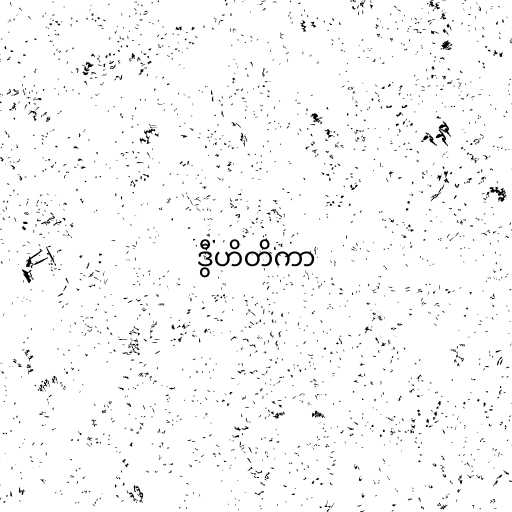
ဒွီဟိတိကာ